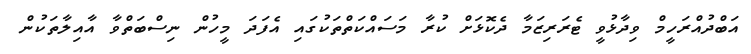
އަބްދުއްރަހީމް ވިދާޅުވީ ޓެރަރިޒަމާ ދެކޮޅަށް ކުރާ މަސައްކަތްތަކުގައި އެފަދަ މީހުން ނިސްބަތްވާ އާއިލާތަކުން